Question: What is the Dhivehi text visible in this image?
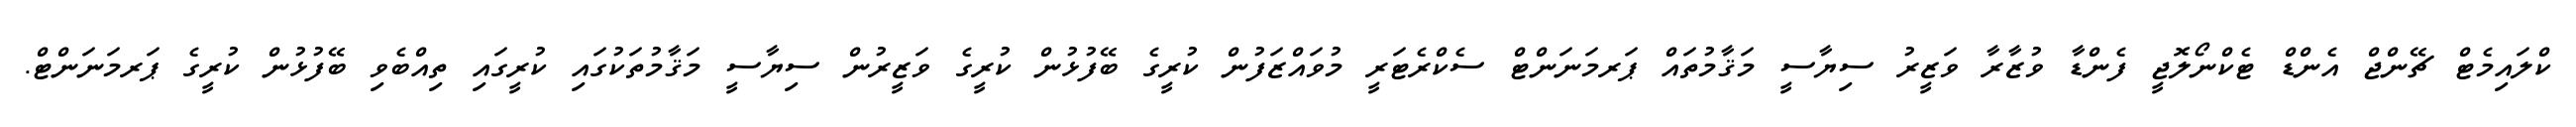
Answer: ކްލައިމެޓް ޗޭންޖް އެންޑް ޓެކްނޯލޮޖީ ފެންޑާ ވުޒާރާ ވަޒީރު ސިޔާސީ މަޤާމުތައް ޕަރމަނަންޓް ސެކްރެޓަރީ މުވައްޒަފުން ކުރީގެ ބޭފުޅުން ކުރީގެ ވަޒީރުން ސިޔާސީ މަޤާމުތަކުގައި ކުރީގައި ތިއްބެވި ބޭފުޅުން ކުރީގެ ޕަރމަނަންޓް.